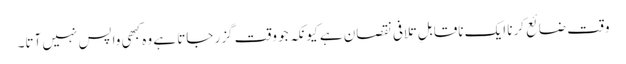
وقت ضائع کرنا ایک ناقابلِ تلافی نقصان ہے کیونکہ جو وقت گزر جاتا ہے وہ کبھی واپس نہیں آتا۔